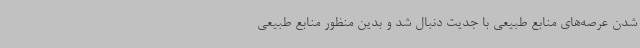
شدن عرصه‌های منابع طبیعی با جدیت دنبال شد و بدین منظور منابع طبیعی